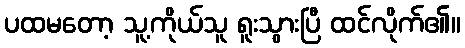
ပထမတော့ သူ့ကိုယ်သူ ရူးသွားပြီ ထင်လိုက်၏။